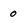
Character: 0